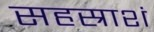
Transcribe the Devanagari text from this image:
सहस्राशं